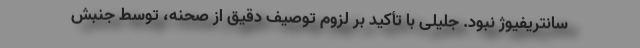
سانتریفیوژ نبود. جلیلی با تأکید بر لزوم توصیف دقیق از صحنه، توسط جنبش